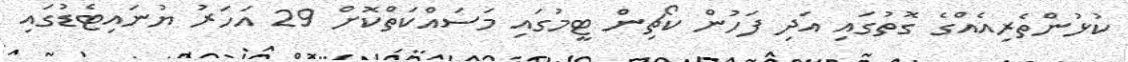
ކުޅުންތެރިއެއްގެ ގޮތުގައި އަދި ފަހުން ކޯޗިން ޓީމުގައި މަސައްކަތްކޮށް 29 އަހަރު ޔުނައިޓެޑުގައި